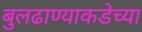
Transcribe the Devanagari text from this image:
बुलढाण्याकडेच्या